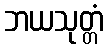
ဘယသုတ္တံ